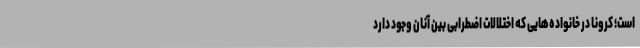
است؛ کرونا در خانواده‌هایی که اختلالات اضطرابی بین آنان وجود دارد